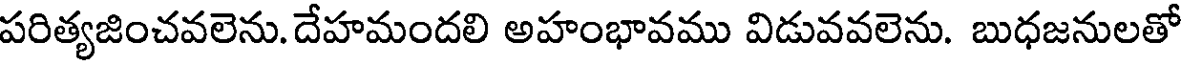
పరిత్యజించవలెను. దేహమందలి అహంభావము విడువవలెను. బుధజనులతో